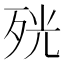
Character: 𭮋